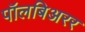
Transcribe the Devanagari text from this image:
पॉलबिअरर